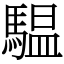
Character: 𩥈